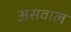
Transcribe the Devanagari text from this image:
असवाल